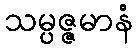
သမ္ပဇ္ဇမာနံ